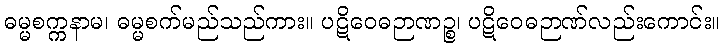
ဓမ္မစက္ကနာမ၊ ဓမ္မစက်မည်သည်ကား။ ပဋိဝေဓဉာဏဉ္စ၊ ပဋိဝေဓဉာဏ်လည်းကောင်း။